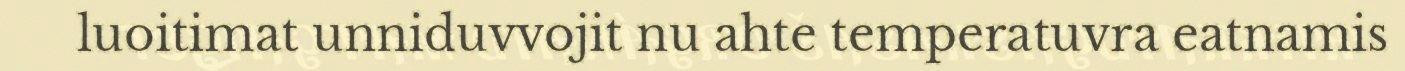
luoitimat unniduvvojit nu ahte temperatuvra eatnamis